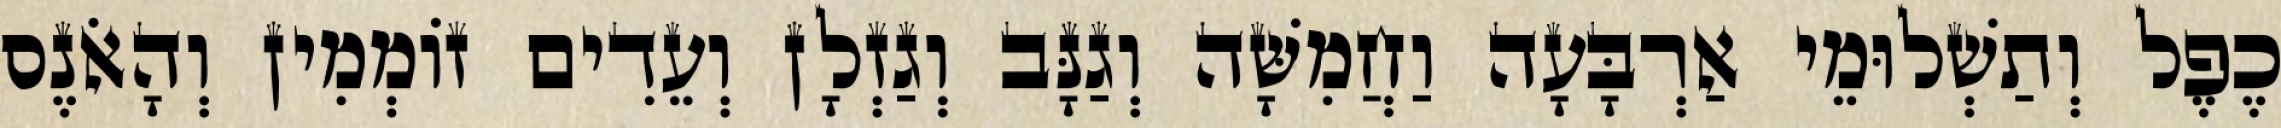
כֶפֶל וְתַשְׁלוּמֵי אַרְבָּעָה וַחֲמִשָּׁה וְגַנָּב וְגַזְלָן וְעֵדִים זוֹמְמִין וְהָאֹנֶס